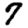
Digit: 7